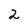
Character: 2